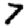
Digit: 7